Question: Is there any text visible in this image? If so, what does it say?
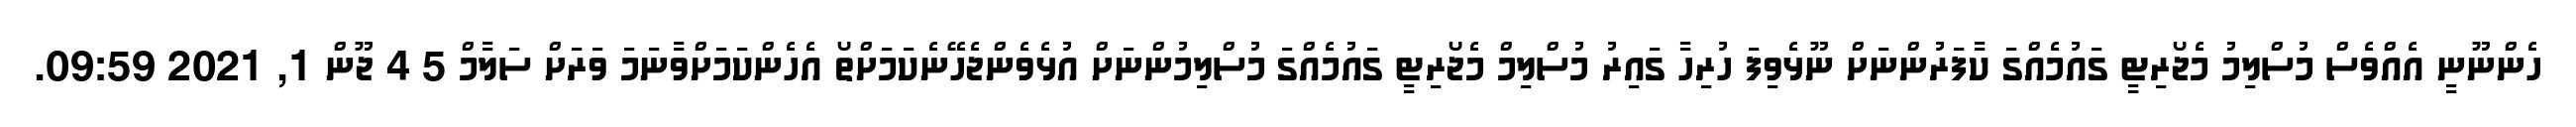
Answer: ހެންނޫނީ އެއްވެސް މުސްލިމު މެޖޯރިޓީ ގައުމެއްގަ ކާފަރުންނަށް ނޫޅެވިފަ ހުރިހާ ގައިރު މުސްލިމް މެޖޯރިޓީ ގައުމެއްގަ މުސްލިމުންނަށް އުޅެވެންޖެހޭނެކަމަށްތޯ އެހެންކަމަށްވާނަމަ ވަރަށް ސަލާމް 5 4 ޖޫން 1, 2021 09:59.